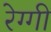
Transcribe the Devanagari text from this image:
रेग्गी